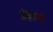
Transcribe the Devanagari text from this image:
अंग्राजी